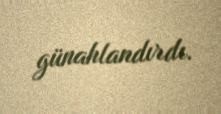
günahlandırdı.